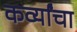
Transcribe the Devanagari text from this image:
कर्व्यांचा